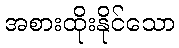
အစားထိုးနိုင်သော